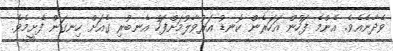
ވެދާނެއެވެ. އެންމެ ފަހުން އަހަރެން ކޮނޑު އަރުވާލުމަށްފަހު އެނބުރި ގެއަށް ހިނގަން ފެށީމެވެ.